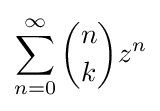
\sum _{n=0}^{\infty }{\binom {n}{k}}z^{n}